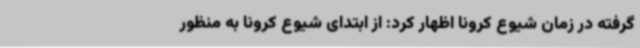
گرفته در زمان شیوع کرونا اظهار کرد: از ابتدای شیوع کرونا به منظور